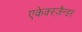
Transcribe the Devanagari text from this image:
एकेक्स्ज़ैन्डर